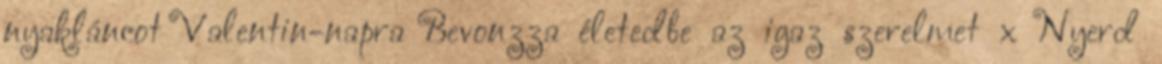
nyakláncot Valentin-napra Bevonzza életedbe az igaz szerelmet x Nyerd